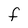
Character: f